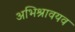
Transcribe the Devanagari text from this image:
अभिश्रावयव